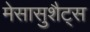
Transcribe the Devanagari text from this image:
मेसासुशैट्स